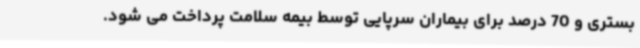
بستری و 70 درصد برای بیماران سرپایی توسط بیمه سلامت پرداخت می شود.